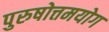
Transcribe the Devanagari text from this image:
पुरुषोत्तमयोग